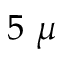
5 ~ \mu